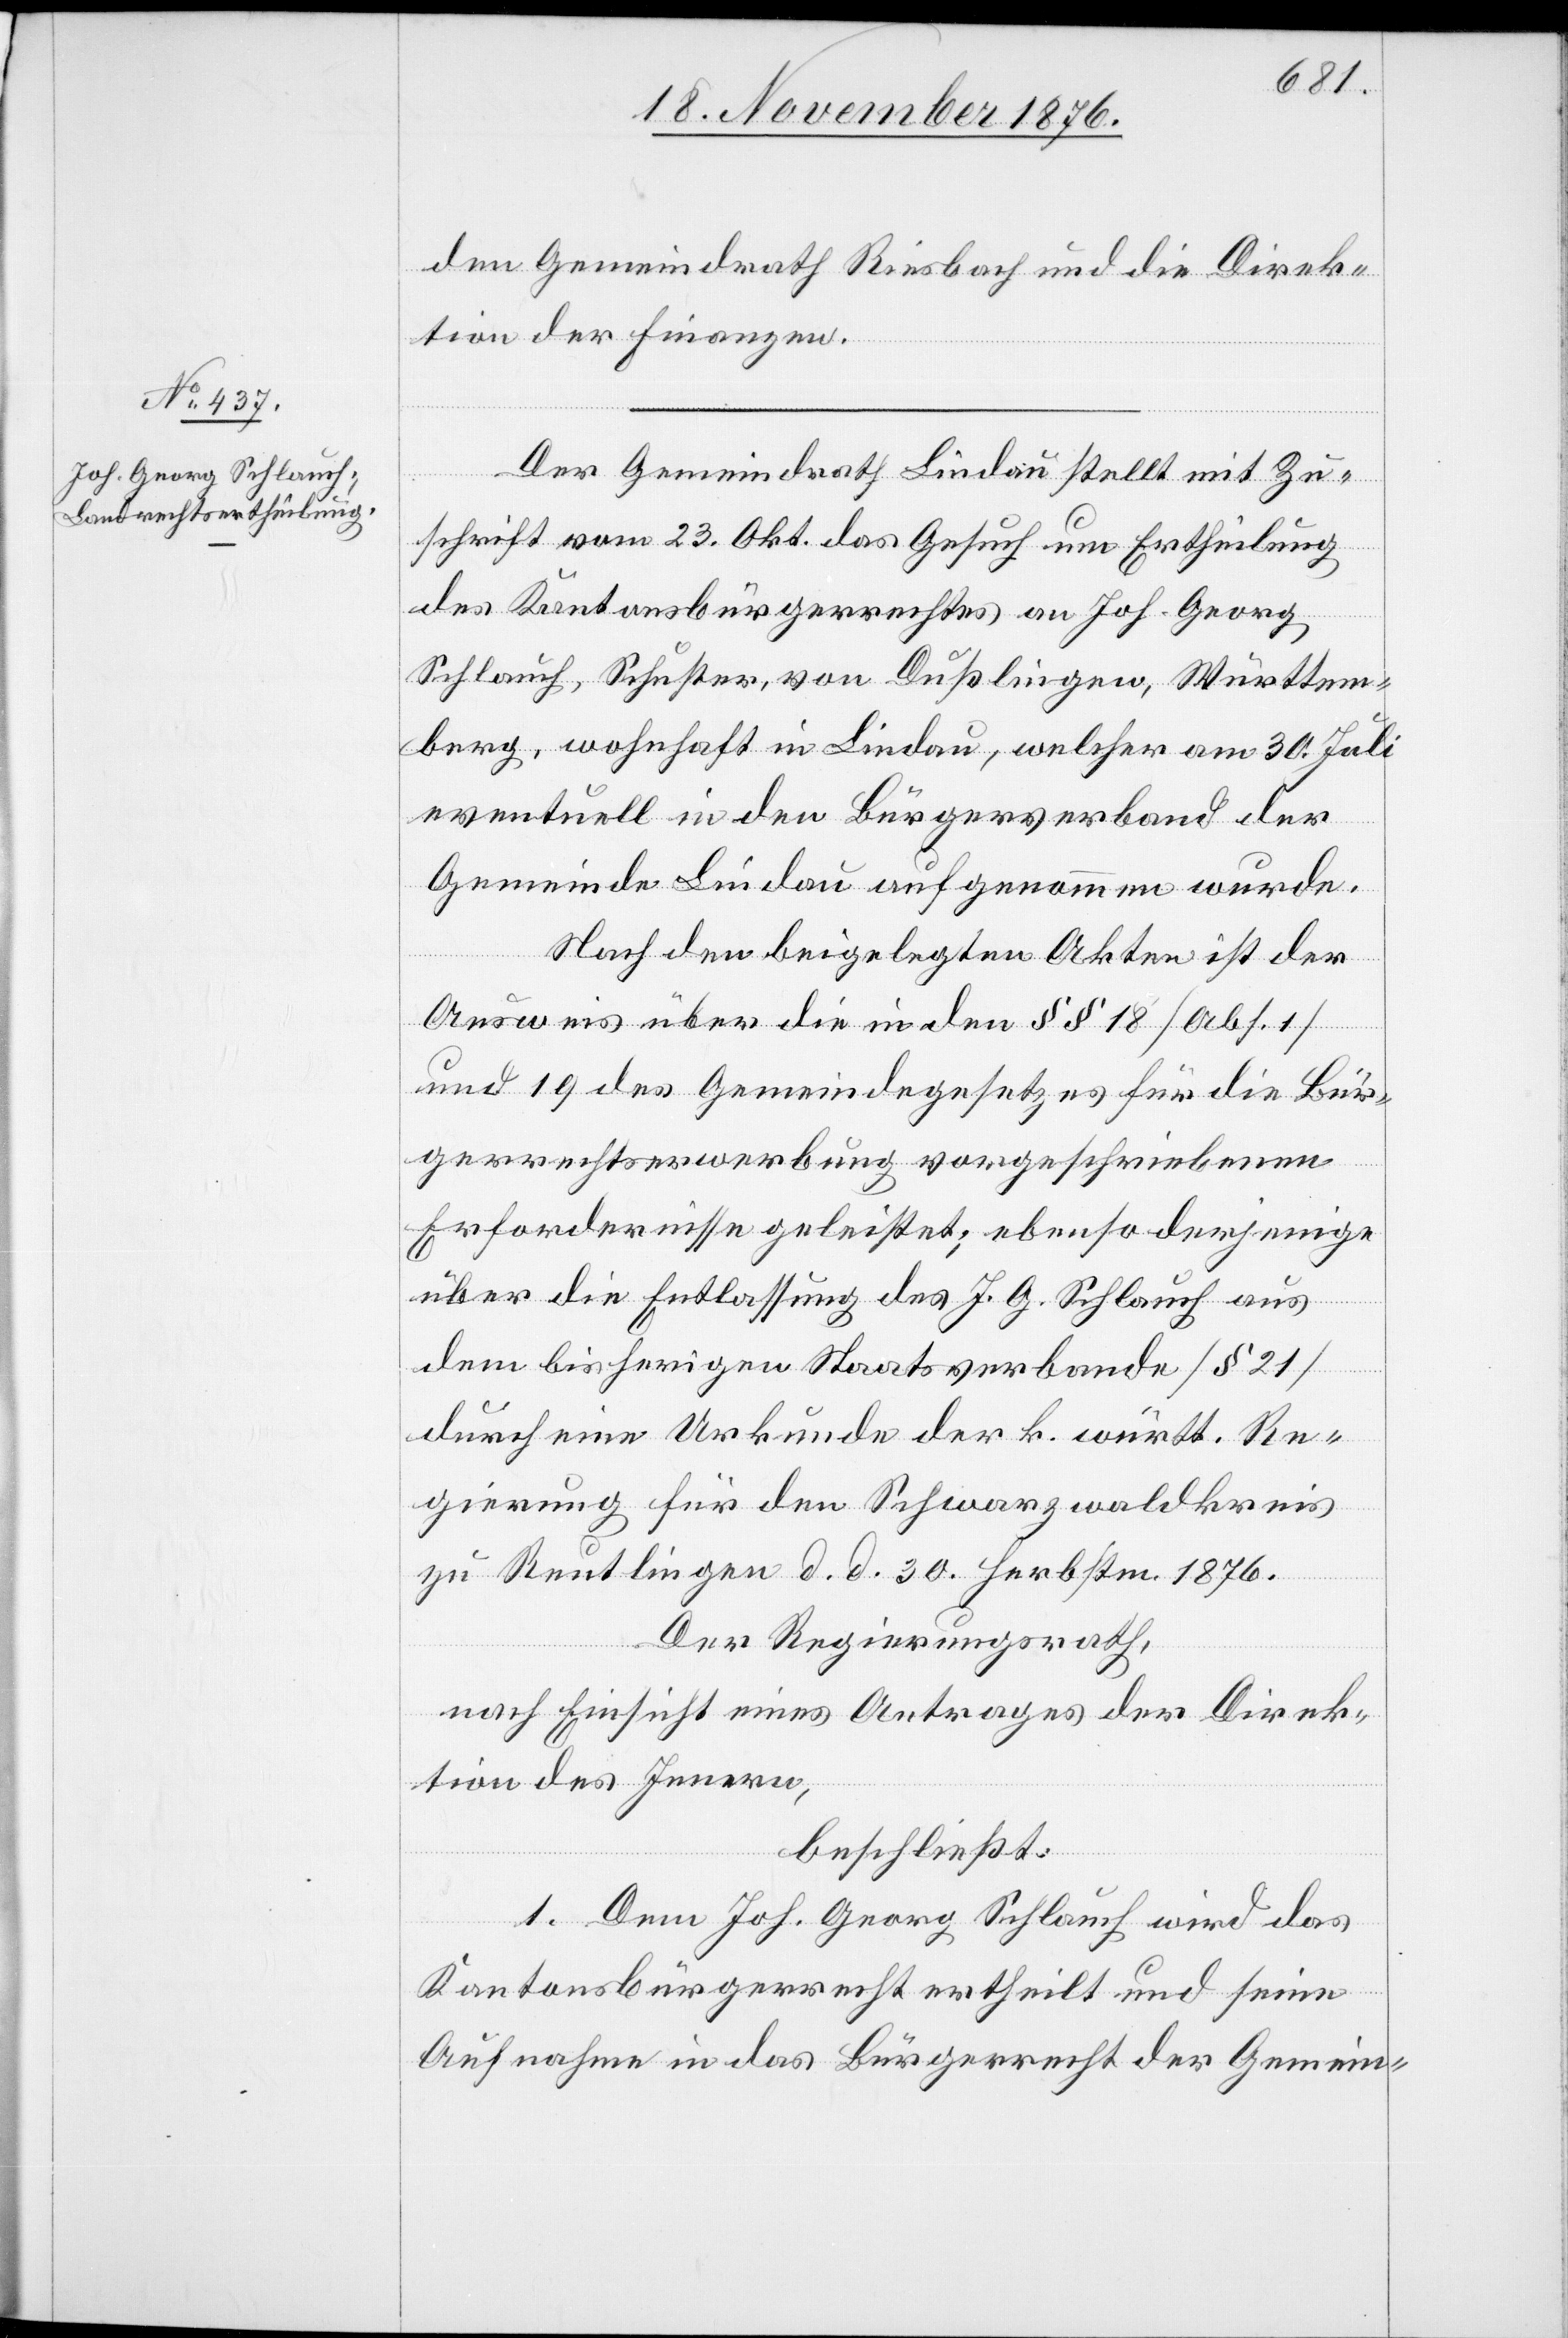
den Gemeindrath Riesbach und die Direk¬
tion der Finanzen.
Der Gemeindrath Lindau stellt mit Zu¬
schrift vom 23. Okt. das Gesuch um Ertheilung
des Kantonsbürgerrechtes an Joh. Georg
eventuell in den Bürgerverband der
Gemeinde Lindau aufgenommen wurde.
Nach den beigelegten Akten ist der
Ausweis über die in den §§ 18 [Abs. 1]
und 19 des Gemeindegesetzes für die Bür¬
gerrechtserwerbung vorgeschriebenen
Erfordernisse geleistet; ebenso derjenige
über die Entlassung des J. G. Schlauch aus
dem bisherigen Staatsverbande [§ 21]
durch eine Urkunde der k. württ. Re¬
gierung für den Schwarzwaldkreis
zu Reutlingen d. d. 30. Herbstm. 1876.
Der Regierungsrath,
nach Einsicht eines Antrages der Direk¬
tion des Innern,
beschließt:
1. Dem Joh. Georg Schlauch wird das
Kantonsbürgerrecht ertheilt und seine
Aufnahme in das Bürgerrecht der Gemein-